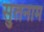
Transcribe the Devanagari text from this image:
सुतनाम